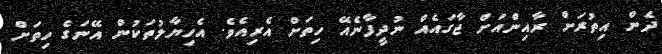
ދެން އިތުރަށް ރާއިންއަށް ޖާގައެއް ނުދީފާނެއޭ ހިތަށް އެރިއެވެ. އެހިޔާލުތަކުން އޭނަގެ ހިތަށް